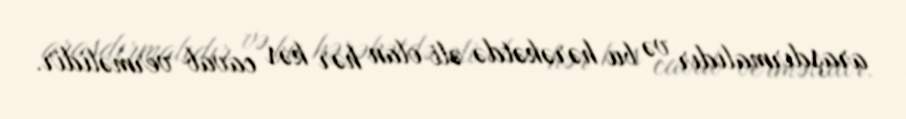
araşdırmalıdır və bu hərəkətdə əli olan hər kəs cavab verməlidir.